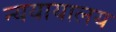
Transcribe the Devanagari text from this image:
न्ययायालय